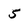
Character: 5